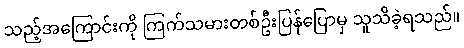
သည့်အကြောင်းကို ကြက်သမားတစ်ဦးပြန်ပြောမှ သူသိခဲ့ရသည်။